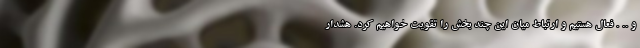
و .. . فعال هستیم و ارتباط میان این چند بخش را تقویت خواهیم کرد. هشدار